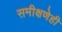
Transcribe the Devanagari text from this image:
समीक्षणेही